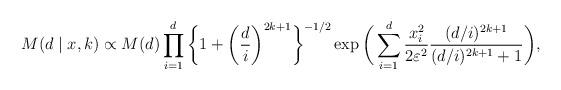
LaTeX: \begin{align*}M(d\mid x,k)\propto M(d)\prod_{i=1}^{d}\bigg{\{}1+\bigg{(}\frac{d}{i}\bigg{)}^{2k+1}\bigg{\}}^{-1/2}\exp\bigg{(} \sum_{i=1}^{d}\frac{x^{2}_{i}}{2\varepsilon^{2}}\frac{(d/i)^{2k+1}}{(d/i)^{2k+1}+1} \bigg{)},\end{align*}